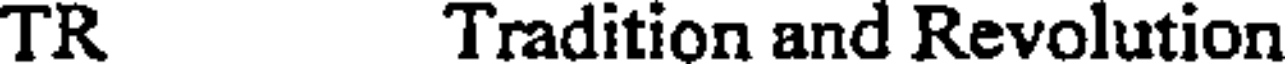
TR Tradition and Revolution